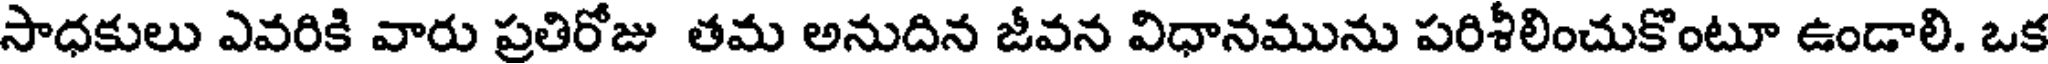
సాధకులు ఎవరికి వారు ప్రతిరోజు తమ అనుదిన జీవన విధానమును పరిశీలించుకొంటూ ఉండాలి. ఒక